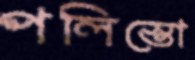
পলিস্তো